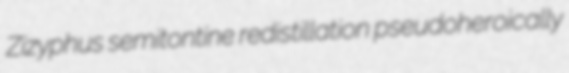
Zizyphus semitontine redistillation pseudoheroically